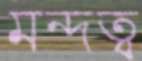
মন্দত্ব